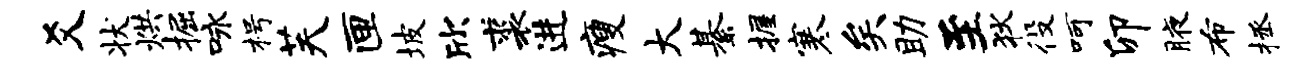
爻状烘掘咏枵芙匣坡欣裘进瘦大綦握寒矣助至狄役呵卯腋布拯